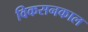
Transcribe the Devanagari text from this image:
विकसनकाल